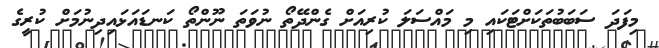
މިފަދަ ސަބަބުތަކަށްޓަކައި މި މައްސަލަ ކުރިއަށް ގެންދޭތޯ ނުވަތަ ނޫންތޯ ކަނޑައަޅައިދިނުމަށް ކުރީގެ